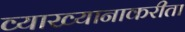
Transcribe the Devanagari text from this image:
व्याख्यानाकरीता